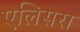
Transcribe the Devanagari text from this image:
एलिसरा